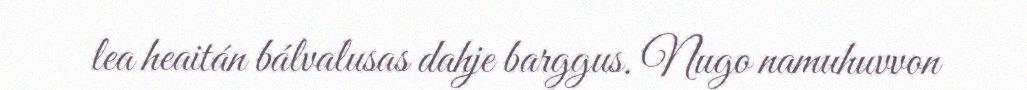
lea heaitán bálvalusas dahje barggus. Nugo namuhuvvon